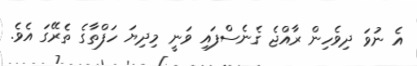
އެ ނުވަ ދިވެހިން ރާއްޖެ ގެނެސްފައި ވަނީ މިދިޔަ ހަފްތާގެ ތެރޭގަ އެވެ.